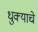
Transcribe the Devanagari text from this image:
धुक्याचे